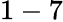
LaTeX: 1-7